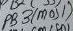
Text: PB3